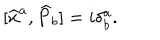
LaTeX: \lbrack \widehat { x } ^ { a } , \widehat { P } _ { b } ] = i \delta _ { b } ^ { a } .